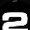
Digit: 2